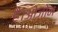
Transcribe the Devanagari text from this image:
है।ओजोन